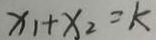
x _ { 1 } + x _ { 2 } = k